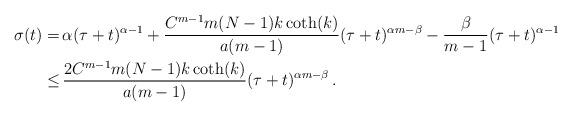
LaTeX: \begin{align*}\begin{aligned}\sigma(t)= & \, \alpha(\tau + t)^{\alpha-1} + \frac{C^{m-1}m (N-1) k\coth(k) }{a(m-1)}(\tau +t)^{\alpha m -\beta}-\frac{\beta}{m-1}(\tau+t)^{\alpha-1}\\\leq & \, \frac{2 C^{m-1}m (N-1) k \coth(k) }{a(m-1)}(\tau+t)^{\alpha m -\beta} \, .\end{aligned}\end{align*}